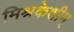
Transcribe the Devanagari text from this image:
मिश्रकेशीम्